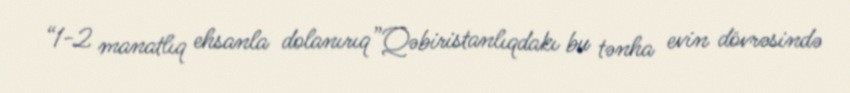
“1-2 manatlıq ehsanla dolanırıq”Qəbiristanlıqdakı bu tənha evin dövrəsində